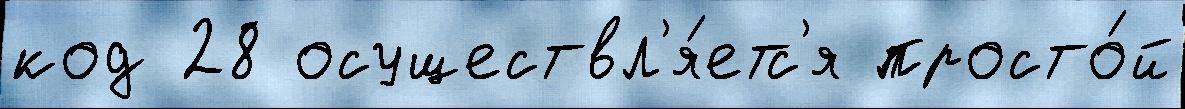
код 28 осуществл'я́етс'я просто́й